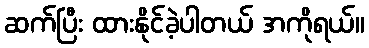
ဆက်ပြီး ထားနိုင်ခဲ့ပါတယ် အကိုရယ်။